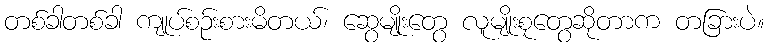
တစ်ခါတစ်ခါ ကျုပ်စဉ်းစားမိတယ်၊ ဆွေမျိုးတွေ လူမျိုးစုတွေဆိုတာက တခြားပဲ။